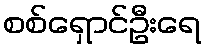
စစ်ရှောင်ဦးရေ